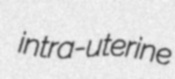
intra-uterine